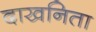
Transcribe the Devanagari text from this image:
दाखनिता